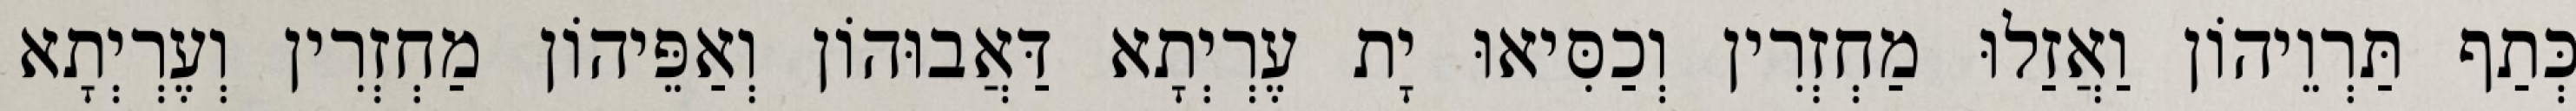
כְּתַף תַּרְוֵיהוֹן וַאֲזַלוּ מַחְזְרִין וְכַסִּיאוּ יָת עֶרְיְתָא דַּאֲבוּהוֹן וְאַפֵּיהוֹן מַחְזְרִין וְעֶרְיְתָא